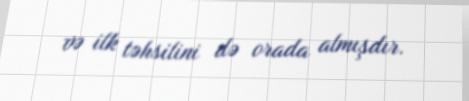
və ilk təhsilini də orada almışdır.